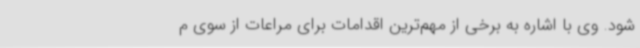
شود. وی با اشاره به برخی از مهم‌ترین اقدامات برای مراعات از سوی م